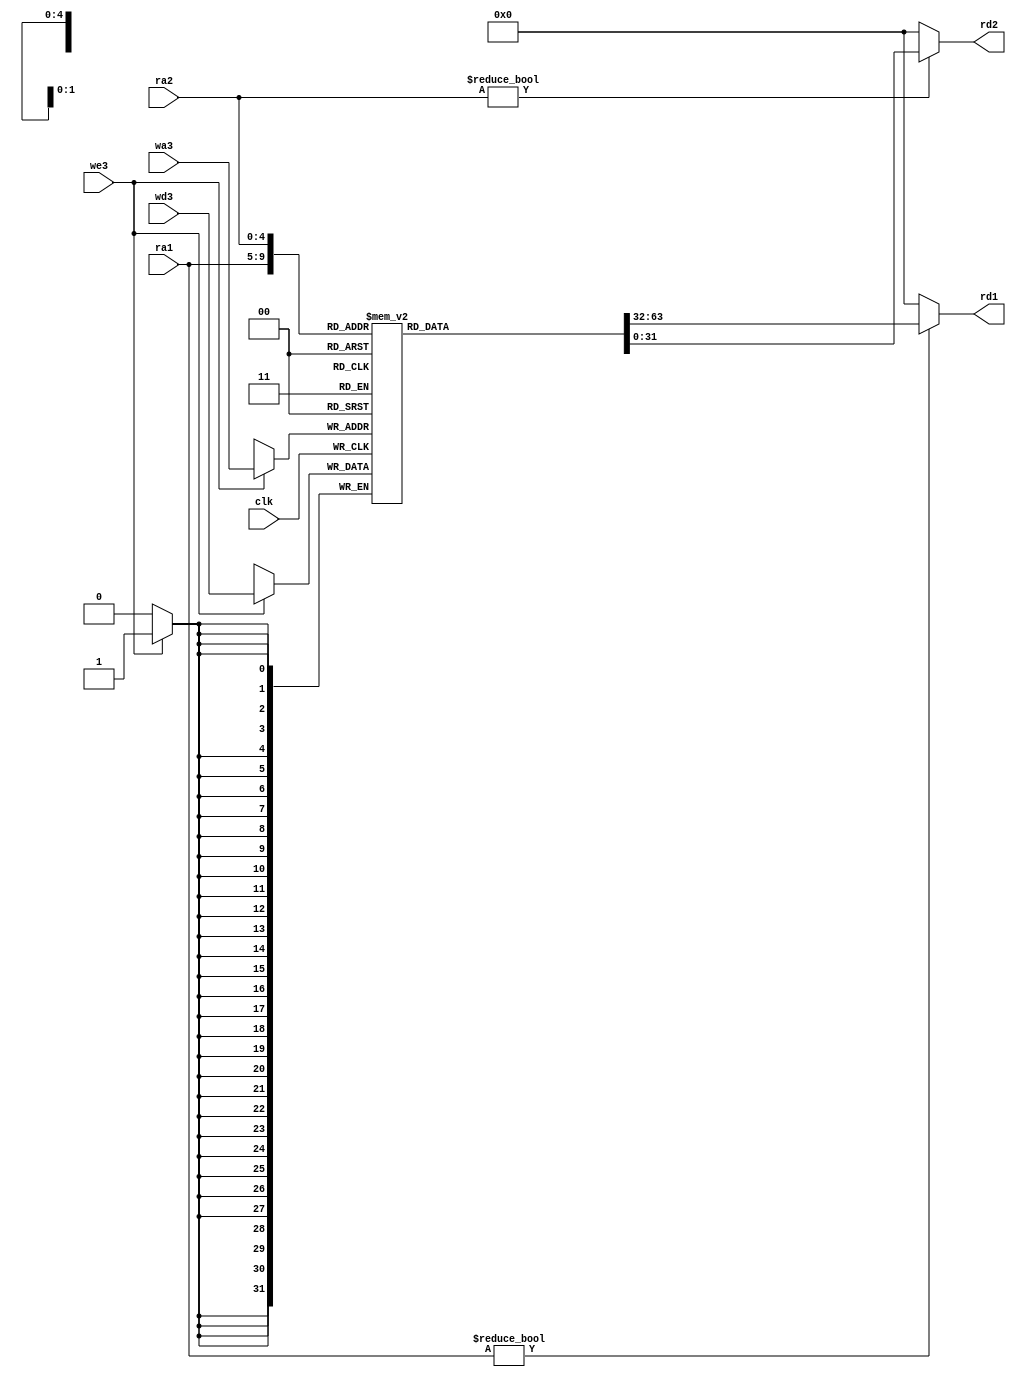

// Register file
module regfile(clk, we3, ra1, ra2, wa3,wd3, rd1, rd2);

  input clk, we3;
  input [4:0] ra1, ra2, wa3;
  input [31:0] wd3;
  output [31:0] rd1, rd2;

  reg [31:0] rf[31:0];

  // three ported register file
  // read two ports combinationally
  // write third port on rising edge of clock
  // register 0 hardwired to 0

  always @(posedge clk)
    if (we3) rf[wa3] <= wd3;	

  assign rd1 = (ra1 != 0) ? rf[ra1] : 0;
  assign rd2 = (ra2 != 0) ? rf[ra2] : 0;
endmodule

// Simple adder
module adder(a, b, y);

  input [31:0] a, b;
  output [31:0] y;

  assign y = a + b;
endmodule

// Shift a value left by 2
module sl2(a, y);

  input [31:0] a;
  output [31:0] y;

  // shift left by 2
  assign y = {a[29:0], 2'b00};
endmodule

// Sign extension unit
module signext(a, y);
         
  input [15:0] a;
  output [31:0] y;
     
  assign y = {{16{a[15]}}, a};
endmodule

// Register (Written on clock tick)
module flopr (clk, reset, d, q);

  input clk, reset;
  input [31:0] d;
  output reg [31:0] q;

  always @(posedge clk, posedge reset)
    if (reset) q <= 0;
    else       q <= d;
endmodule

// Register (Written on a clock tick, and en=1)
module flopenr (clk, reset, en, d, q);
 
  input clk, reset, en;
  input [31:0] d;
  output reg [31:0] q;

  always @(posedge clk, posedge reset)
    if      (reset) q <= 0;
    else if (en)    q <= d;
endmodule

// Multiplexor
module mux2 #(parameter WIDTH = 32)
             (d0, d1, s, y);

  input [WIDTH-1:0] d0, d1;
  input s;
  output [WIDTH-1:0] y;

  assign y = s ? d1 : d0; 
endmodule

module mux3 #(parameter WIDTH = 32)
             (d0, d1, d2, s, y);

  input [WIDTH-1:0] d0, d1, d2;
  input [1:0] s;
  output [WIDTH-1:0] y;

  assign #1 y = s[1] ? d2 : (s[0] ? d1 : d0); 
endmodule

module mux4 #(parameter WIDTH = 32)
             (d0, d1, d2, d3, s, y);

   input [WIDTH-1:0] d0, d1, d2, d3;
   input [1:0] s;
   output reg [WIDTH-1:0] y;

   always @*
      case(s)
         2'b00: y <= d0;
         2'b01: y <= d1;
         2'b10: y <= d2;
         2'b11: y <= d3;
      endcase
endmodule